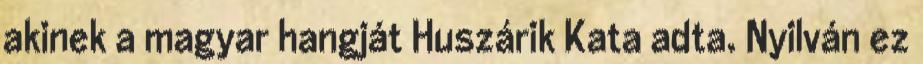
akinek a magyar hangját Huszárik Kata adta. Nyilván ez